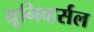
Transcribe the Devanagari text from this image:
यूनिव्हर्सल